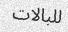
للبالات